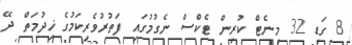
8 ގަޑި 32 މިނެޓް ކުރިން ޓެކްސް ނެގުމުގައި ފަތުރުވެރިކަމުގެ ޚިދުމަތް ދޭ